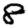
Digit: 8